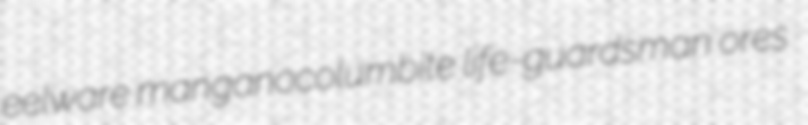
eelware manganocolumbite life-guardsman ores